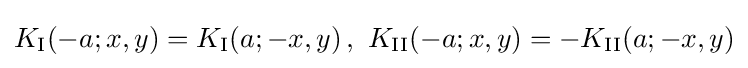
K_{\rm {I}}(-a;x,y)=K_{\rm {I}}(a;-x,y)\,,\,\,K_{\rm {II}}(-a;x,y)=-K_{\rm {II}}(a;-x,y)